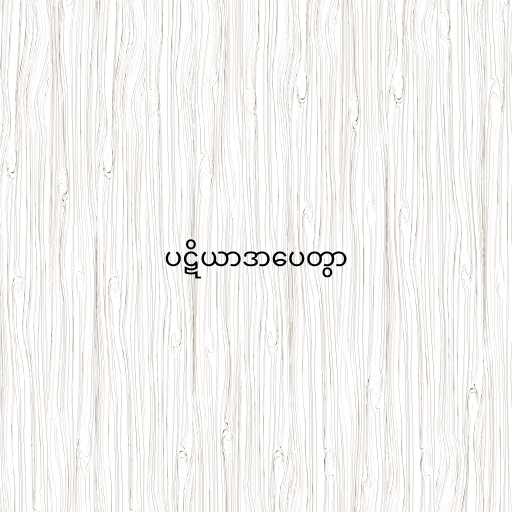
ပဋိယာဒာပေတွာ